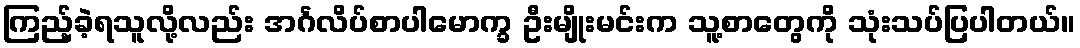
ကြည့်ခဲ့ရသူလို့လည်း အင်္ဂလိပ်စာပါမောက္ခ ဦးမျိုးမင်းက သူ့စာတွေကို သုံးသပ်ပြပါတယ်။